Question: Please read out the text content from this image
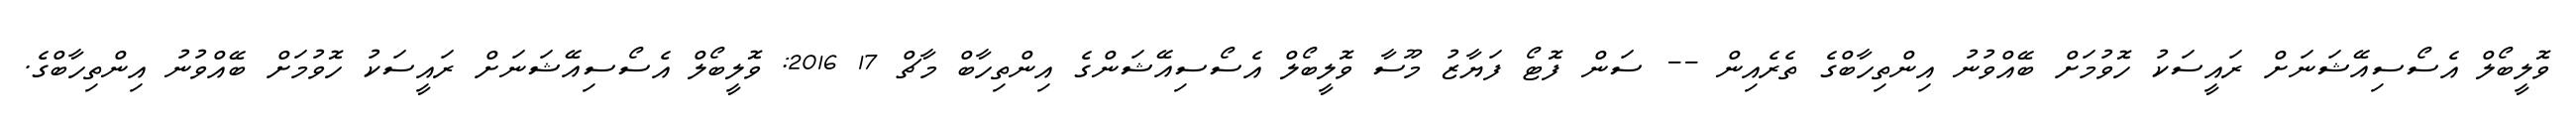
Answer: ވޮލީބޯލް އެސޯސިއޭޝަނަށް ރައީސަކު ހޮވުމަށް ބޭއްވުނު އިންތިހާބްގެ ތެރެއިން -- ސަން ފޮޓޯ ފަޔާޒު މޫސާ ވޮލީބޯލް އެސޯސިއޭޝަންގެ އިންތިހާބް މާޗް 17 2016: ވޮލީބޯލް އެސޯސިއޭޝަނަށް ރައީސަކު ހޮވުމަށް ބޭއްވުނު އިންތިހާބްގެ.